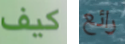
كيف رائع